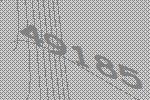
49185